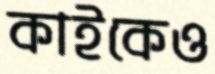
কাইকেও